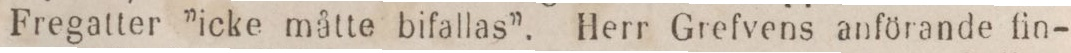
Fregatter ”icke måtte bifallas”. Herr Grefvens anförande fin-